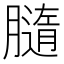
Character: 膸